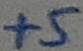
Text: +5